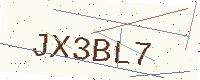
Text: JX3BL7